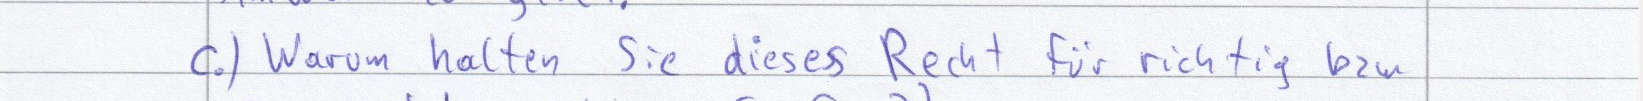
c.) Warum halten Sie dieses Recht für richtig bzw